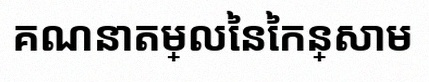
គណនាតម្លៃនៃកន្សោម